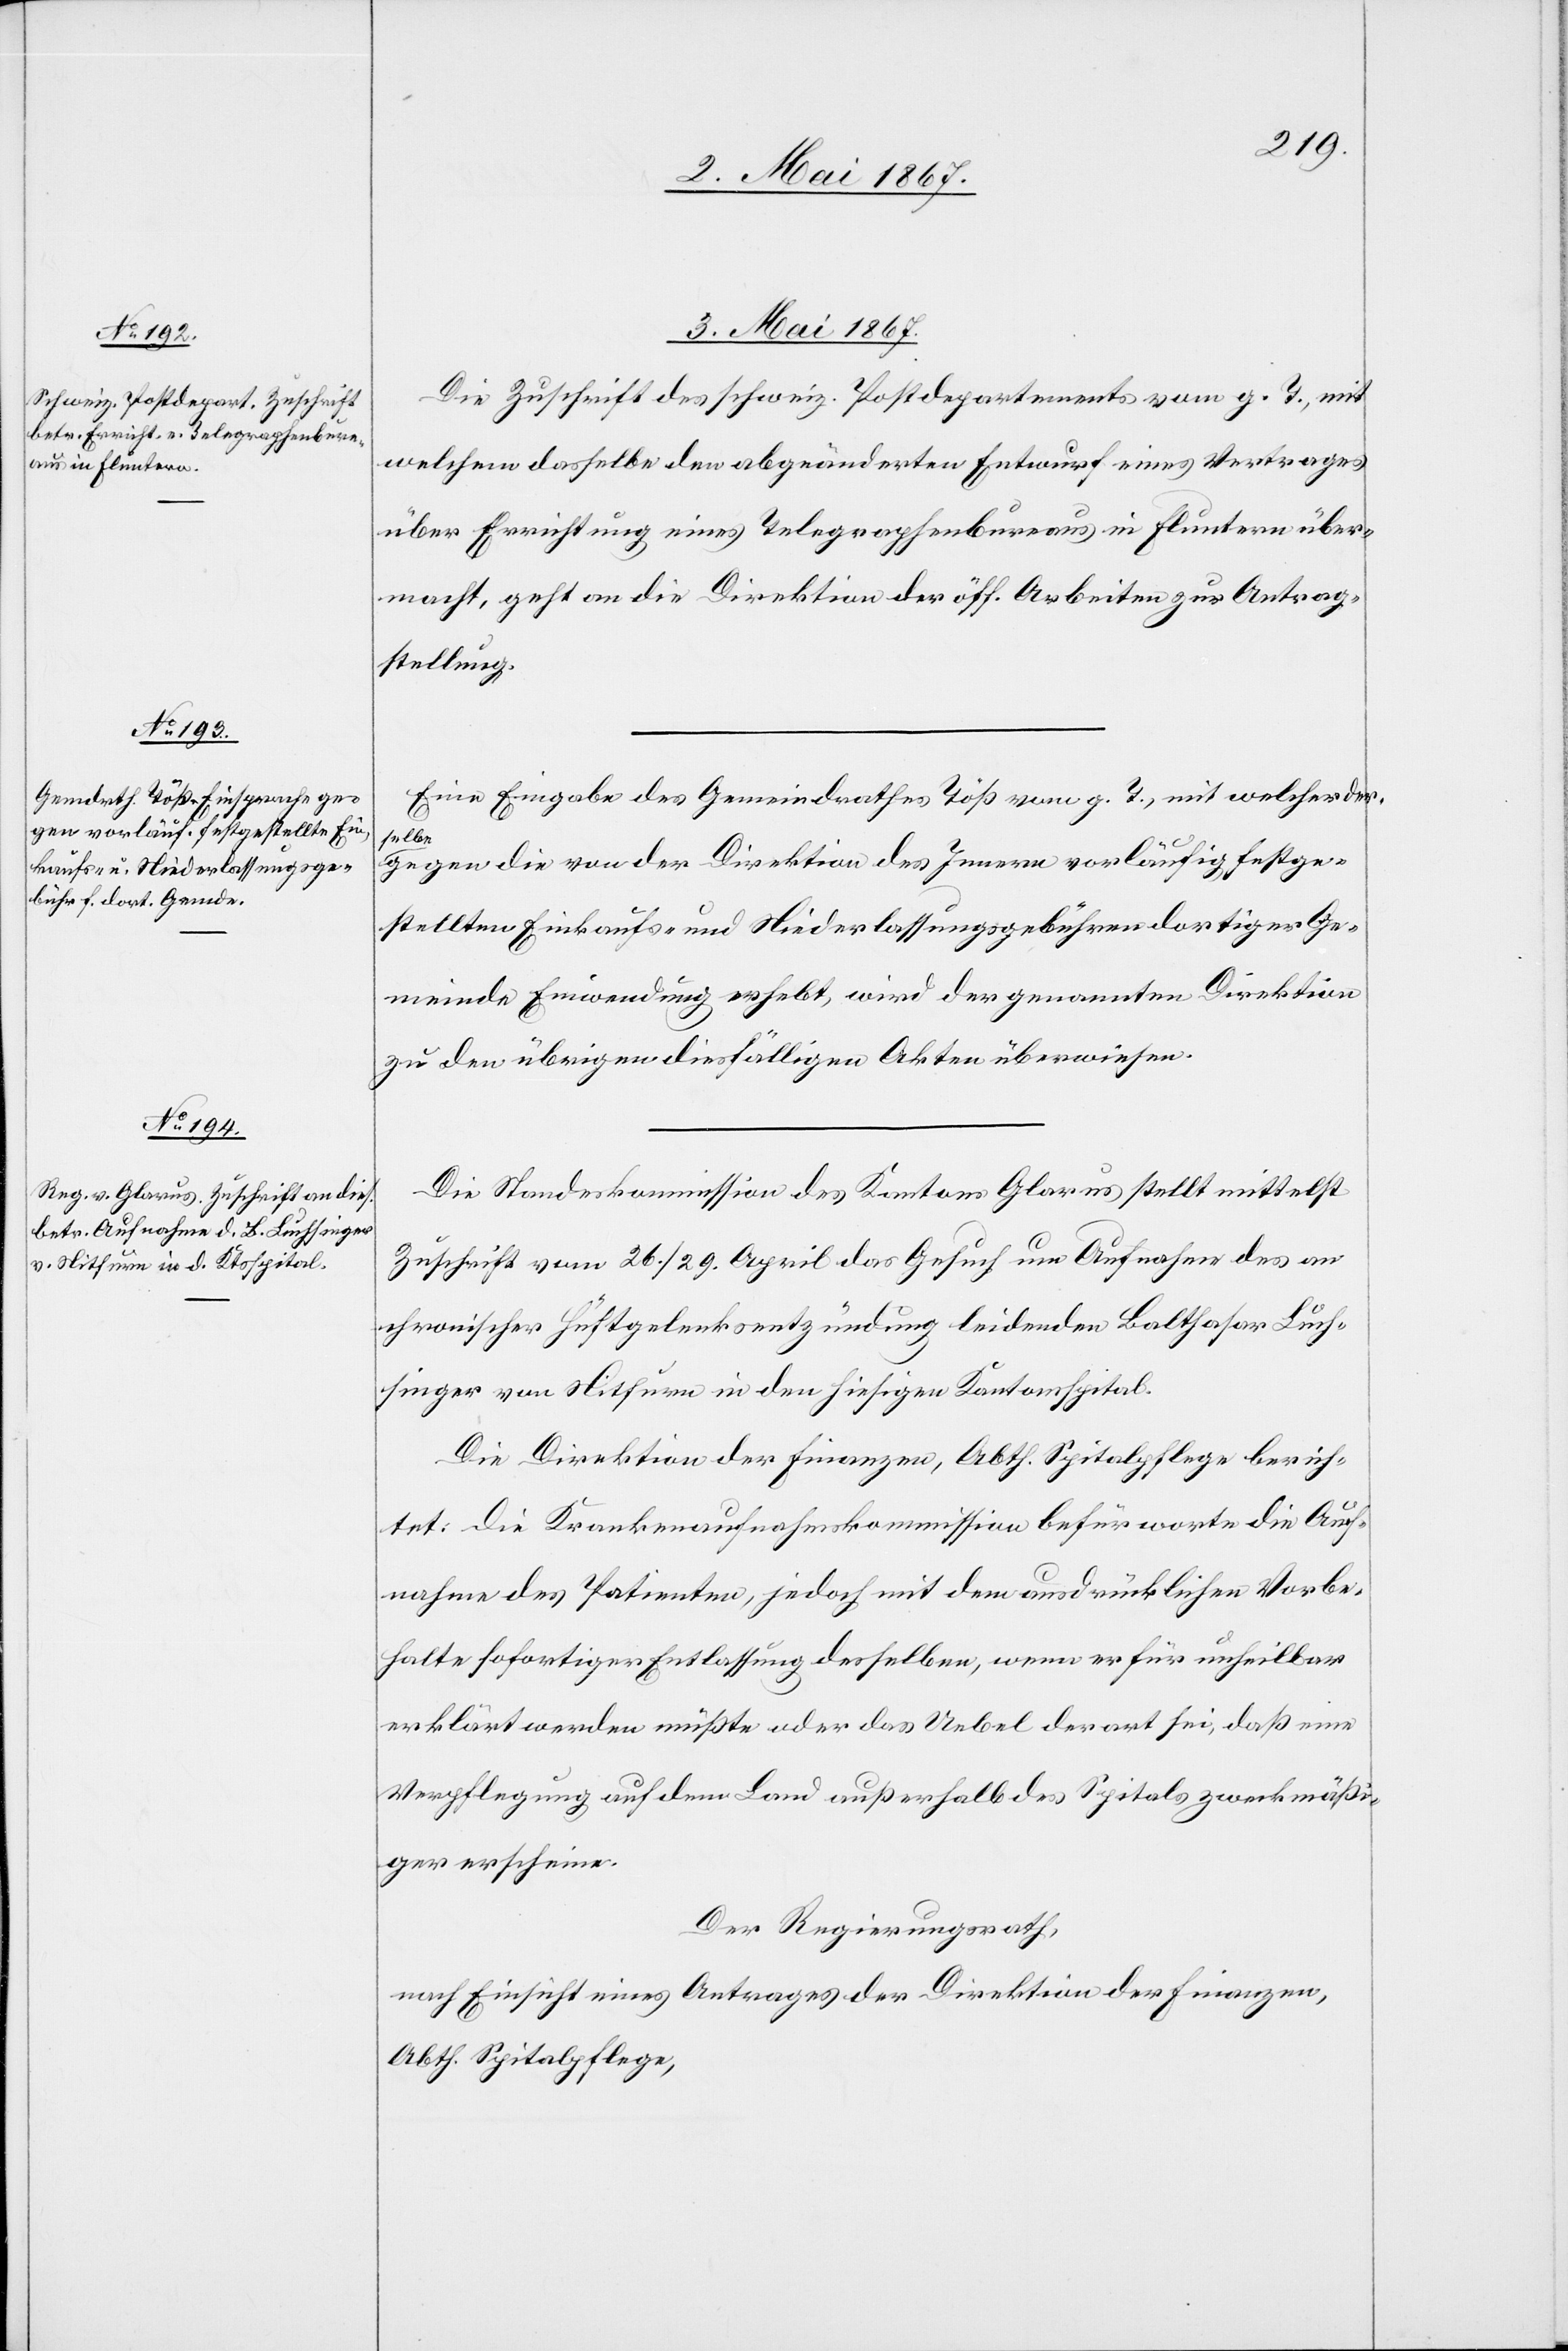
3. Mai 1867.]
Die Zuschrift des schweiz. Postdepartements vom g. T., mit
welchem dasselbe den abgeänderten Entwurf eines Vertrages
über Errichtung eines Telegraphenbureaus in Fluntern über¬
macht, geht an die Direktion der öff. Arbeiten zur Antrag¬
stellung.
Eine Eingabe des Gemeindrathes Töß vom g. T., mit welcher der¬
selbe
gegen die von der Direktion des Innern vorläufig festge¬
stellten Einkaufs- und Niederlassungsgebühren dortiger Ge¬
meinde Einwendung erhebt, wird der genannten Direktion
zu den übrigen diesfälligen Akten überwiesen.
Die Standeskommission des Kantons Glarus stellt mittelst
Zuschrift vom 26. / 29. April das Gesuch um Aufnahme des an
chronischer Hüftgelenkentzündung leidenden Balthasar Luch¬
singer von Nitfurn in den hiesigen Kantonsspital.
Die Direktion der Finanzen, Abth. Spitalpflege berich¬
tet: Die Krankenaufnahmskommission befürworte die Auf¬
nahme des Patienten, jedoch mit dem ausdrücklichen Vorbe¬
halte sofortiger Entlassung desselben, wenn er für unheilbar
erklärt werden müßte oder das Uebel derart sei, daß eine
Verpflegung auf dem Land außerhalb des Spitals zweckmäßi¬
ger erscheine.
Der Regierungsrath,
nach Einsicht eines Antrages der Direktion der Finanzen,
Abth. Spitalpflege,